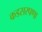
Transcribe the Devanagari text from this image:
कडसरपणा